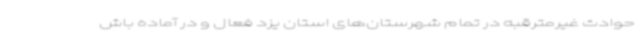
حوادث غیرمترقبه در تمام شهرستان‌های‌ استان یزد فعال و در آماده باش